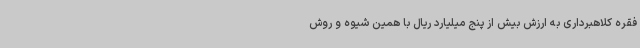
فقره کلاهبرداری به ارزش بیش از پنج میلیارد ریال با همین شیوه و روش